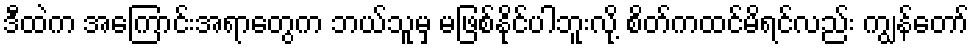
ဒီထဲက အကြောင်းအရာတွေက ဘယ်သူမှ မဖြစ်နိုင်ပါဘူးလို့ စိတ်ကထင်မိရင်လည်း ကျွန်တော်